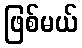
ဖြစ်မယ်